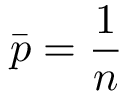
\bar { p } = \frac { 1 } { n }